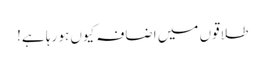
طلاقوں میں اضافہ کیوں ہو رہا ہے!